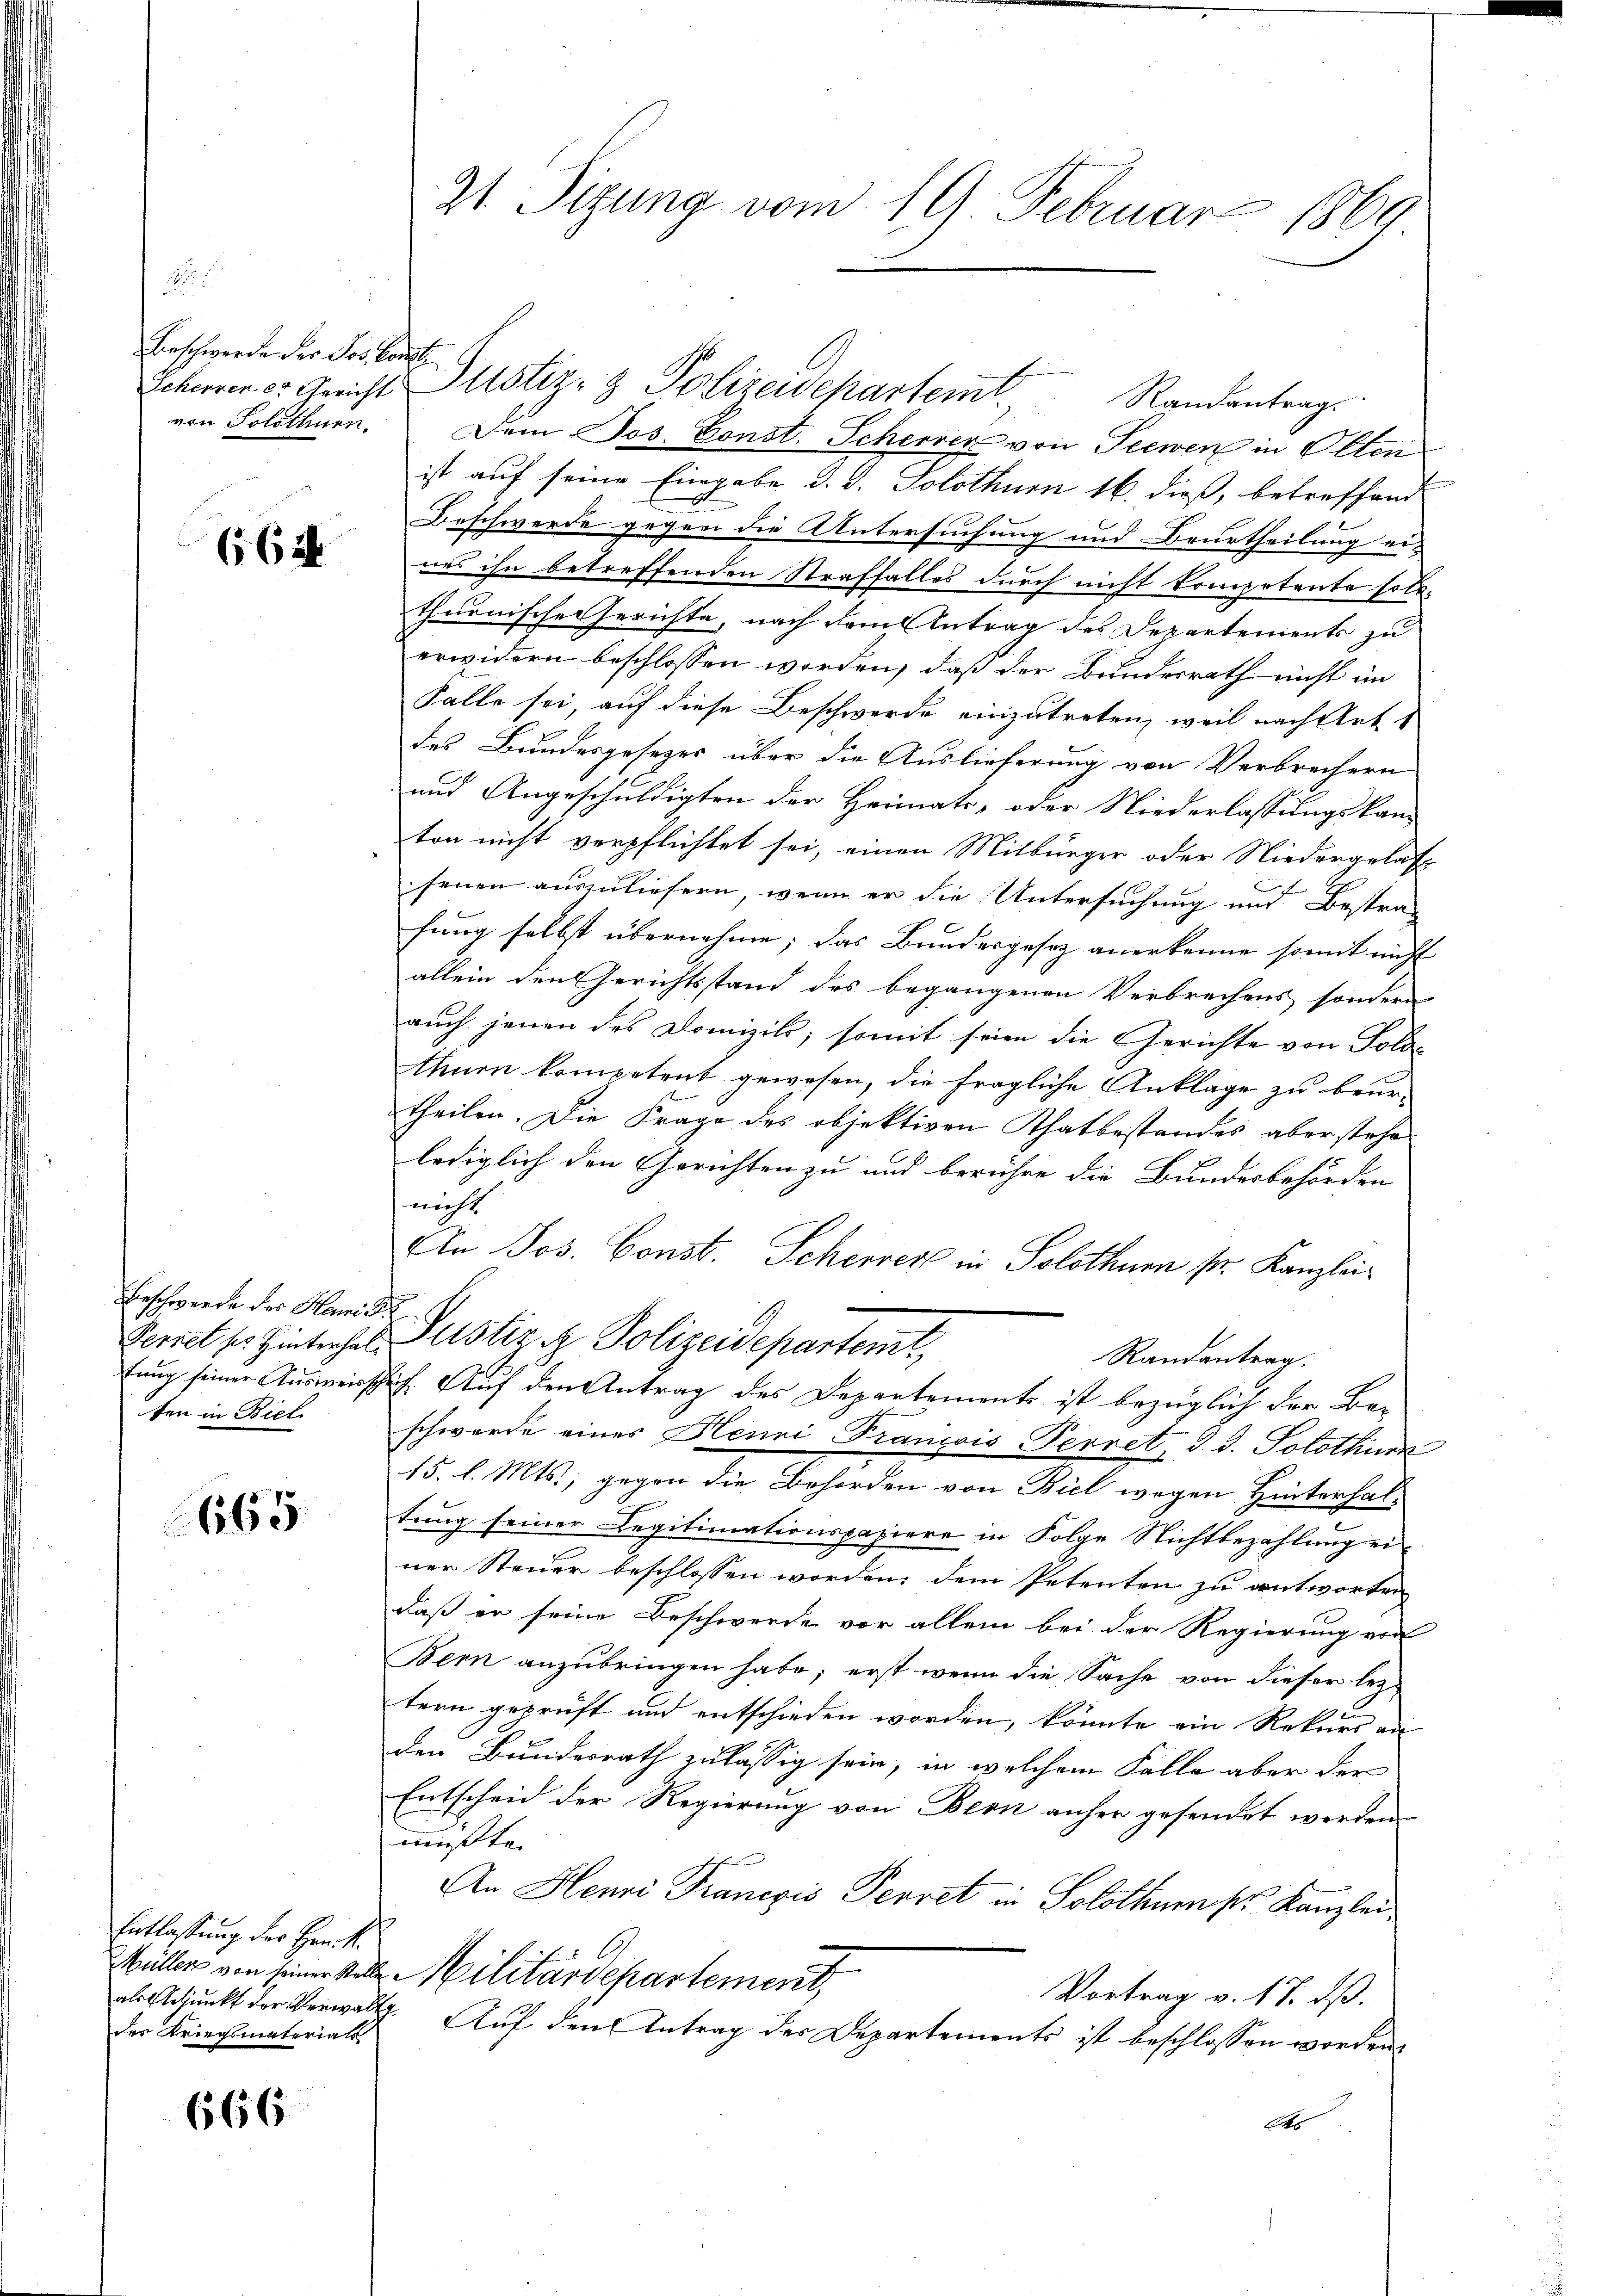
Beschwerde der Jos. Concl.

662

Beschwerde des Hanni de
ten in Biel

665

Entlaßung der Henk
des Kriegsmaterials

666

21. Sizung vom 19. Februar 1869

von Solothurn. Dem Jos. Const. Scherer von Seewen in Olten
ist auf seine Eingabe d. d. Solothurn 16. dieß, betreffend
Beschwerde gegen die Untersuchung und Beurtheilung ei-
nes ihn betreffenden Straffalles durch nicht kompetente sollthurnischen Gerichte, nach dem Antrag des Departements zu
erwidern beschlossen worden, daß der Bundesrath nicht im
Falle sei, auf diese Beschwerde einzutreten, weil nach Art s
des Bundesgesezes über die Auslieferung von Verbrechern
und Angeschuldigten der Heimats- oder Niederlassungskamton nicht verpflichtet sei, einen Mitbürger oder Niedergelast

senen auszuliefern, wenn er die Untersuchung und Bestrafung selbst übernehme; das Bundesgesetz anerkenne somit nicht
allein den Gerichtsstand des begangenen Verbrechens sondern
auch jenen des Domizils; somit seien die Gerichte von Solo-
thurn kompetent gewesen, die fragliche Anklage zu beur-
theilen. Die Frage des objektiven Thatbestandes aberstehelediglich den Gerichten zu und berühre die Bundesbehörden
nicht.
An Jos. Const. Scherrer in Solothurn sr. Kanzlei¬
Perret ser Hinterhal- Justiz & Polizeidepartemt,
Randantrag.
tung seiner Ausweisschlich. Auf den Antrag des Departements ist bezüglich der Beschwerde eines Henni François Perret, d. d. Solothur
15. l. Mts., gegen die Behörden von Biel wegen Hinterhal-
tung seiner Legitimationspaziere in Folge Nichtbezahlung einer Steuer beschlossen worden, dem Petenten zu antworten
daß er seine Beschwerde vor allem bei der Regierung von
Bern anzubringen habe; erst wenn die Sache von dieser leztern geprüft und entschieden worden, könnte ein Rekurs an
den Bundesrath zulässig sein, in welchem Falle aber der
Entscheid der Regierung von Bern anher gesendet werden
müßte.
An Henri Franczis Perret in Solothums Kanzlei¬
Müller von seiner Mitte Militärdepartement,
Vortrag v. 17. dß.
als Adjunkt der Verwalt. Aŭf den Antrag des Departements ist beschlossen worden,
Ots

Scherren er Gerichts Justiz- & Polizeidepartem Randantrag.